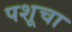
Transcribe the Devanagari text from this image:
पशूचा